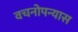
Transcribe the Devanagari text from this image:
वचनोपन्यास